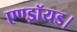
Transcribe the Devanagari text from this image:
एण्ड्रॉयड।